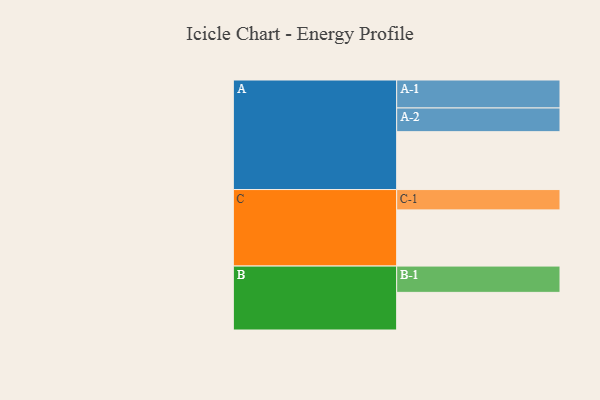
{"axis": {"x": "Segment", "y": "Value"}, "legend": ["", "A", "B", "C"], "data": [{"x": "A", "y": 515, "type": ""}, {"x": "B", "y": 335, "type": ""}, {"x": "C", "y": 500, "type": ""}, {"x": "A-1", "y": 249, "type": "A"}, {"x": "A-2", "y": 211, "type": "A"}, {"x": "B-1", "y": 234, "type": "B"}, {"x": "C-1", "y": 181, "type": "C"}]}